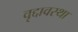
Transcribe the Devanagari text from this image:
वृद्दावस्था